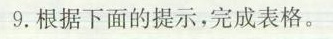
9.根据下面的提示，完成表格。